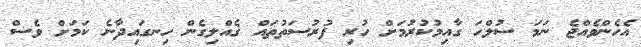
އެހެންވެއްޖެ ނަމަ ސުލްހަ ގާއިމުކުރުމަށް ހުރި ފުރުސަތުތައް ގެއްލިގެން ހިނގައިދާނެ ކަމަށް ވެސް